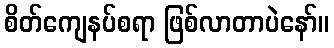
စိတ်ကျေနပ်စရာ ဖြစ်လာတာပဲနော်။